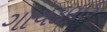
ગાયકવાડ